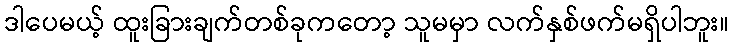
ဒါပေမယ့် ထူးခြားချက်တစ်ခုကတော့ သူမမှာ လက်နှစ်ဖက်မရှိပါဘူး။